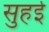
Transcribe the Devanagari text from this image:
सुहई